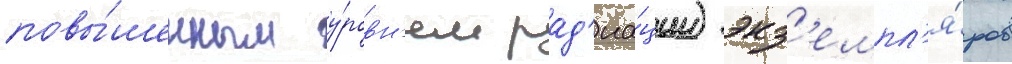
повы́шенным у́ровн'ем рад'иа́ции) экз'емпл'я́ров